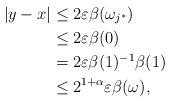
LaTeX: \begin{align*}|y-x| & \leq 2 \varepsilon\beta(\omega_{j^\ast}) \\& \leq 2 \varepsilon\beta(0) \\& = 2 \varepsilon\beta(1)^{-1}\beta(1) \\& \leq 2^{1+\alpha} \varepsilon\beta(\omega),\end{align*}